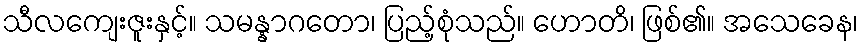
သီလကျေးဇူးနှင့်။ သမန္နာဂတော၊ ပြည့်စုံသည်။ ဟောတိ၊ ဖြစ်၏။ အသေခေန၊